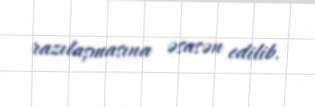
razılaşmasına əsasən edilib.